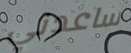
ساعدني